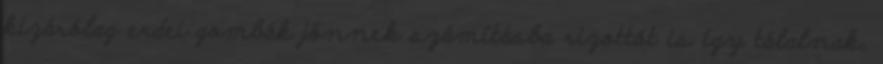
kizárólag erdei gombák jönnek számításba rizottót is így tálalnak,